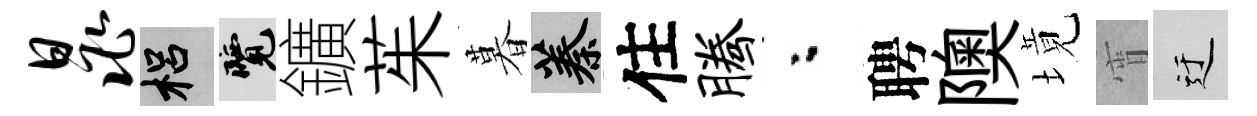
晁梠覽鑛茱暮蓁住腾粉聘隩境宵迂